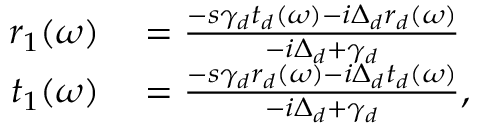
\begin{array} { r l } { r _ { 1 } ( \omega ) } & { { } = \frac { - s \gamma _ { d } t _ { d } ( \omega ) - i \Delta _ { d } r _ { d } ( \omega ) } { - i \Delta _ { d } + \gamma _ { d } } } \\ { t _ { 1 } ( \omega ) } & { { } = \frac { - s \gamma _ { d } r _ { d } ( \omega ) - i \Delta _ { d } t _ { d } ( \omega ) } { - i \Delta _ { d } + \gamma _ { d } } , } \end{array}